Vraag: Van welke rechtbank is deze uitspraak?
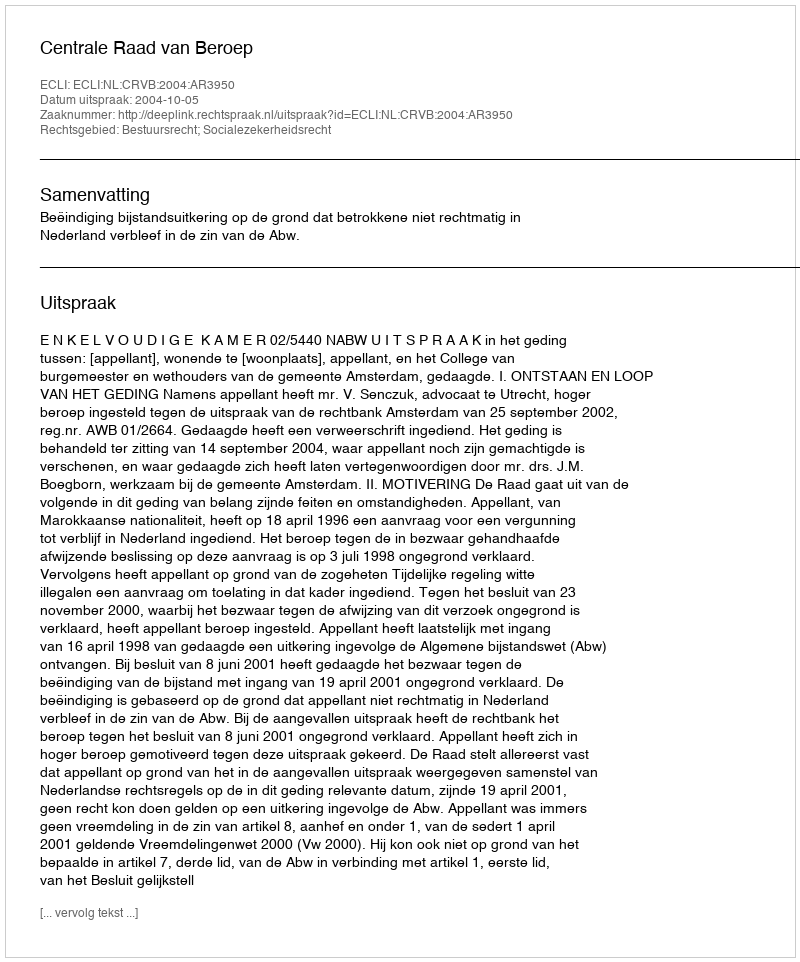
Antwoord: Centrale Raad van Beroep